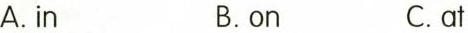
A.in B.on C.at